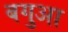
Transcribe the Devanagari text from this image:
बगुआ